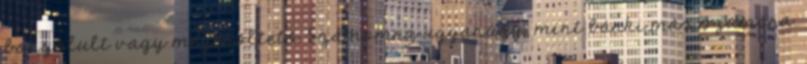
bonyolult vagy megerőltető. Számomra ugyanúgy, mint bárki más számára.